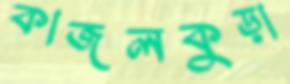
কাজলকুড়া